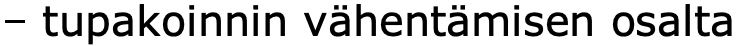
– tupakoinnin vähentämisen osalta